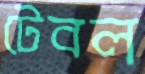
টেবল